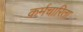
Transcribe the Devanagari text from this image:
कर्मचारिता